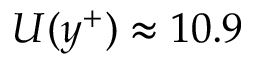
U ( y ^ { + } ) \approx 1 0 . 9